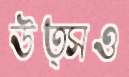
উত্সও